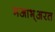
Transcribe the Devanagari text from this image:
मआभ्अरत